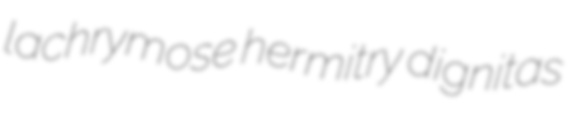
lachrymose hermitry dignitas